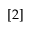
[ 2 ]